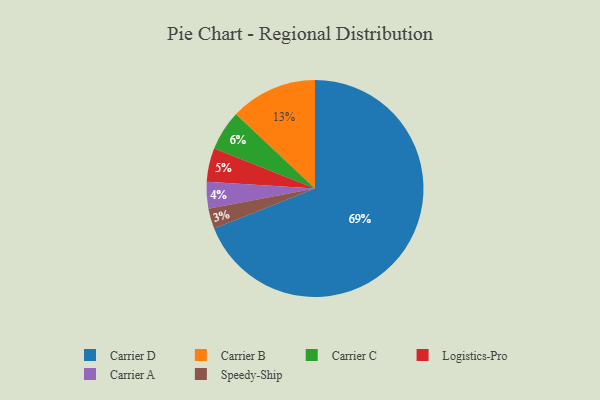
{"axis": {"x": "Category", "y": "Percentage"}, "legend": ["Carrier A", "Carrier B", "Carrier C", "Carrier D", "Logistics-Pro", "Speedy-Ship"], "data": [{"x": "Carrier A", "y": 4, "type": "Carrier A"}, {"x": "Carrier B", "y": 13, "type": "Carrier B"}, {"x": "Carrier D", "y": 69, "type": "Carrier D"}, {"x": "Speedy-Ship", "y": 3, "type": "Speedy-Ship"}, {"x": "Logistics-Pro", "y": 5, "type": "Logistics-Pro"}, {"x": "Carrier C", "y": 6, "type": "Carrier C"}]}